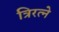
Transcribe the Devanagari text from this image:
त्रिरत्ने